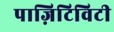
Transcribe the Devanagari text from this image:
पाज़िटिविटी